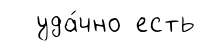
уда́чно есть